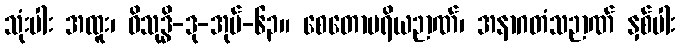
သုံးပါး အထူး၊ ဝိသုဒ္ဓိ-ဒု-အုပ်-၆၃။ စေတောပရိယဉာဏ်၊ အနာဂတံသဉာဏ် နှစ်ပါး